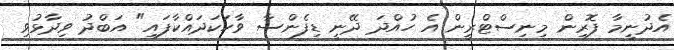
އެދުނީމާ ފޮރިން މިނިސްޓްރީން އެ ހުއްދަ ދޭނީ ޑިފެންސާ ވާހަކަދައްކާފައި" އަބްދު ވިދާޅުވި